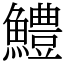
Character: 鱧